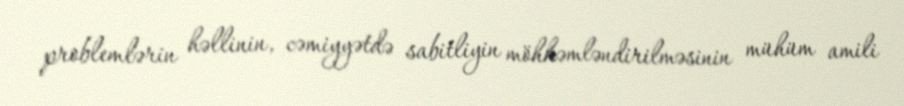
problemlərin həllinin, cəmiyyətdə sabitliyin möhkəmləndirilməsinin mühüm amili